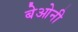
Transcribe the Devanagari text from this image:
बेओनी